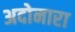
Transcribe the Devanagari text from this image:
अदोनारा